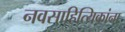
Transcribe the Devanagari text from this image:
नवसाहित्यिकांना